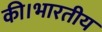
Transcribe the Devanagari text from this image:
की।भारतीय